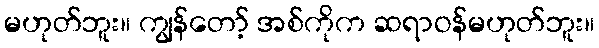
မဟုတ်ဘူး။ ကျွန်တော့် အစ်ကိုက ဆရာဝန်မဟုတ်ဘူး။